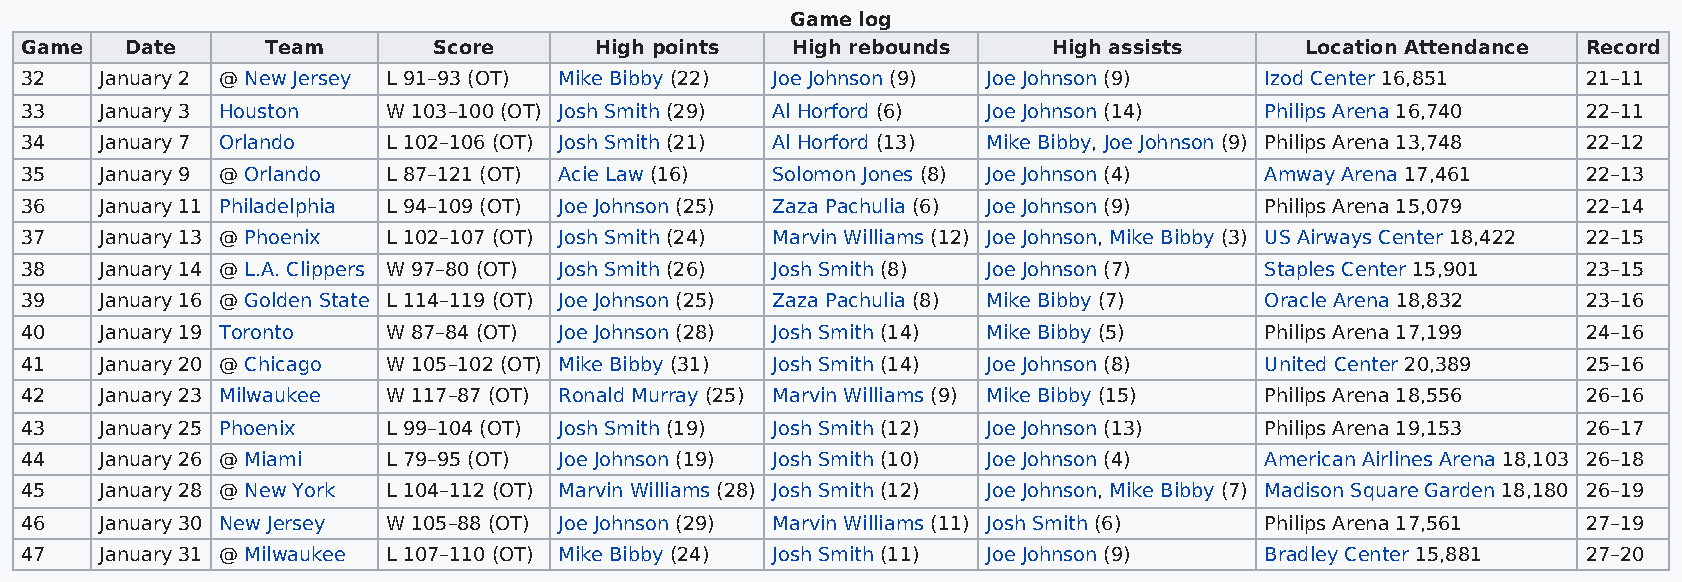
Game log
 Game   Date      Team       Score     High points  High rebounds     High assists    Location Attendance Record
 32    January 2 @ New Jersey L 91–93 (OT) Mike Bibby (22) Joe Johnson (9) Joe Johnson (9) Izod Center 16,851 21–11
 33    January 3 Houston  W 103–100 (OT) Josh Smith (29) Al Horford (6) Joe Johnson (14) Philips Arena 16,740 22–11
 34    January 7 Orlando  L 102–106 (OT) Josh Smith (21) Al Horford (13) Mike Bibby, Joe Johnson (9) Philips Arena 13,748 22–12
 35    January 9 @ Orlando L 87–121 (OT) Acie Law (16) Solomon Jones (8) Joe Johnson (4) Amway Arena 17,461 22–13
 36    January 11 Philadelphia L 94–109 (OT) Joe Johnson (25) Zaza Pachulia (6) Joe Johnson (9) Philips Arena 15,079 22–14
 37    January 13 @ Phoenix L 102–107 (OT) Josh Smith (24) Marvin Williams (12) Joe Johnson, Mike Bibby (3) US Airways Center 18,422 22–15
 38    January 14 @ L.A. Clippers W 97–80 (OT) Josh Smith (26) Josh Smith (8) Joe Johnson (7) Staples Center 15,901 23–15
 39    January 16 @ Golden State L 114–119 (OT) Joe Johnson (25) Zaza Pachulia (8) Mike Bibby (7) Oracle Arena 18,832 23–16
 40    January 19 Toronto W 87–84 (OT) Joe Johnson (28) Josh Smith (14) Mike Bibby (5) Philips Arena 17,199 24–16
 41    January 20 @ Chicago W 105–102 (OT) Mike Bibby (31) Josh Smith (14) Joe Johnson (8) United Center 20,389 25–16
 42    January 23 Milwaukee W 117–87 (OT) Ronald Murray (25) Marvin Williams (9) Mike Bibby (15) Philips Arena 18,556 26–16
 43    January 25 Phoenix L 99–104 (OT) Josh Smith (19) Josh Smith (12) Joe Johnson (13) Philips Arena 19,153 26–17
 44    January 26 @ Miami L 79–95 (OT) Joe Johnson (19) Josh Smith (10) Joe Johnson (4) American Airlines Arena 18,103 26–18
 45    January 28 @ New York L 104–112 (OT) Marvin Williams (28) Josh Smith (12) Joe Johnson, Mike Bibby (7) Madison Square Garden 18,180 26–19
 46    January 30 New Jersey W 105–88 (OT) Joe Johnson (29) Marvin Williams (11) Josh Smith (6) Philips Arena 17,561 27–19
 47    January 31 @ Milwaukee L 107–110 (OT) Mike Bibby (24) Josh Smith (11) Joe Johnson (9) Bradley Center 15,881 27–20